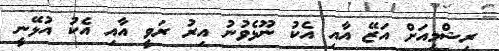
ރިޝްމީއަށް އަޒޭ އާއި އެކު ނޫޅެވުނު އިރު ރަވީ އާއި އެކު އުޅޭނީ